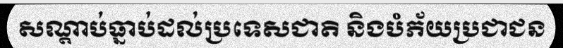
សណ្តាប់ធ្នាប់ដល់ប្រទេសជាតិ និងបំភ័យប្រជាជន